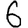
Digit: 6